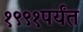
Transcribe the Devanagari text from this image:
१९९१पर्यंत